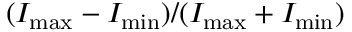
( I _ { \mathrm { { m a x } } } - I _ { \mathrm { { m i n } } } ) / ( I _ { \mathrm { { m a x } } } + I _ { \mathrm { { m i n } } } )